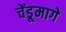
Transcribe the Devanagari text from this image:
चेंडूमागे